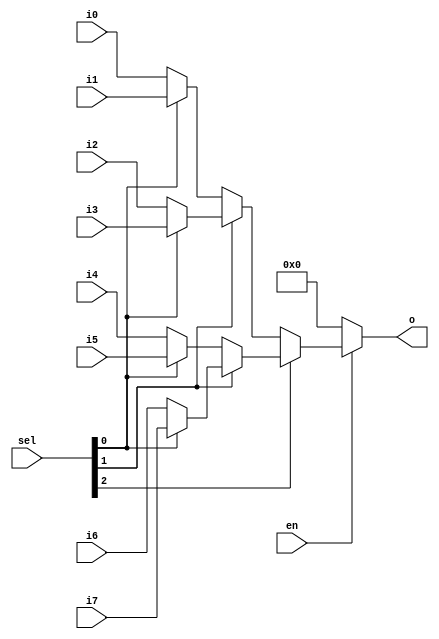
module mux8
  #(parameter WIDTH=32, parameter DISABLED=0)
    (input en,
     input [2:0] sel,
     input [WIDTH-1:0] i0,
     input [WIDTH-1:0] i1,
     input [WIDTH-1:0] i2,
     input [WIDTH-1:0] i3,
     input [WIDTH-1:0] i4,
     input [WIDTH-1:0] i5,
     input [WIDTH-1:0] i6,
     input [WIDTH-1:0] i7,
     output [WIDTH-1:0] o);

   assign 		o = en ? (sel[2] ? (sel[1] ? (sel[0] ? i7 : i6) : (sel[0] ? i5 : i4)) :
				  (sel[1] ? (sel[0] ? i3 : i2) : (sel[0] ? i1 : i0))) :
			DISABLED;
   
endmodule